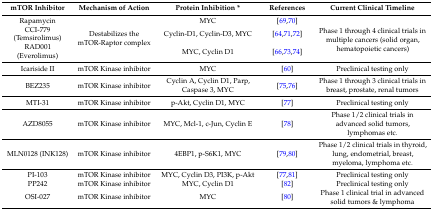
| mTOR Inhibitor | Mechanism of Action | Protein Inhibition * | References | Current Clinical Timeline |
 | --- | --- | --- | --- | --- |
 | Rapamycin | <ROWSPAN=3> Destabilizes the mTOR-Raptor complex | MYC | [69,70] | <ROWSPAN=3> Phase 1 through 4 clinical trials in multiple cancers (solid organ, hematopoietic cancers) |
 | CCI-779 (Temsirolimus) | Cyclin-D1, Cyclin-D3, MYC | [64,71,72] |
 | RAD001 (Everolimus) | MYC, Cyclin D1 | [66,73,74] |
 | Icariside II | mTOR Kinase inhibitor | MYC | [60] | Preclinical testing only |
 | BEZ235 | mTOR Kinase inhibitor | Cyclin A, Cyclin D1, Parp, Caspase 3, MYC | [75,76] | Phase 1 through 3 clinical trials in breast, prostate, renal tumors |
 | MTI-31 | mTOR Kinase inhibitor | p-Akt, Cyclin D1, MYC | [77] | Preclinical testing only |
 | AZD8055 | mTOR Kinase inhibitor | MYC, Mcl-1, c-Jun, Cyclin E | [78] | Phase 1/2 clinical trials in advanced solid tumors, lymphomas etc. |
 | MLN0128 (INK128) | mTOR Kinase inhibitor | 4EBP1, p-S6K1, MYC | [79,80] | Phase 1/2 clinical trials in thyroid, lung, endometrial, breast, myeloma, lymphoma etc. |
 | PI-103 | mTOR Kinase inhibitor | MYC, Cyclin D3, PI3K, p-Akt | [77,81] | Preclinical testing only |
 | PP242 | mTOR Kinase inhibitor | MYC, Cyclin D1 | [82] | Preclinical testing only |
 | OSI-027 | mTOR Kinase inhibitor | MYC | [80] | Phase 1 clinical trial in advanced solid tumors & lymphoma |